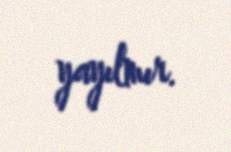
yayılmır.